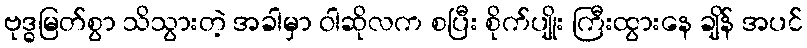
ဗုဒ္ဓမြတ်စွာ သိသွားတဲ့ အခါမှာ ဝါဆိုလက စပြီး စိုက်ပျိုး ကြီးထွားနေ ချိန် အပင်